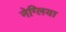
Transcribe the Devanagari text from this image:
नेग्लिया